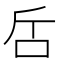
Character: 𠯓